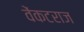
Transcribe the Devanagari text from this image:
वेंकटराज